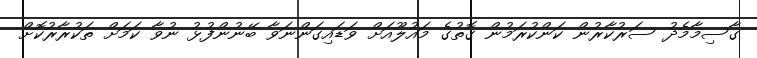
ގާސިމާމެދު ސަރުކާރުން ކަންކުރަމުން ގޮތުގެ މައުލޫއަށް ވަޑައިގަންނަވާ ބޭނުންފުޅު ނުވާ ކަމަށް ތަކުރާރުކޮށް